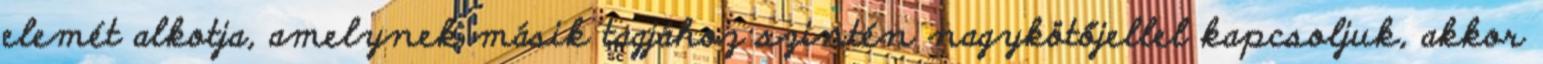
elemét alkotja, amelynek másik tagjához szintén nagykötőjellel kapcsoljuk, akkor